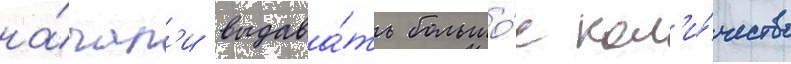
на́чал'и выдава́ть большо́е кол'и́чество